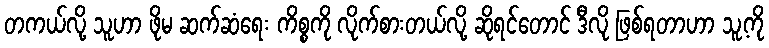
တကယ်လို့ သူဟာ ဖိုမ ဆက်ဆံရေး ကိစ္စကို လိုက်စားတယ်လို့ ဆိုရင်တောင် ဒီလို ဖြစ်ရတာဟာ သူ့ကို